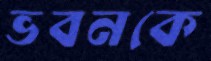
ভবনকে